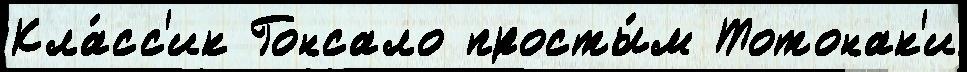
Кла́сс'ик Гонсало просты́м Тотонак'и